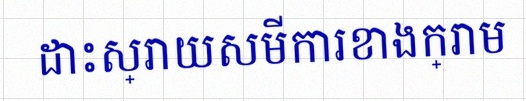
ដោះស្រាយសមីការខាងក្រោម